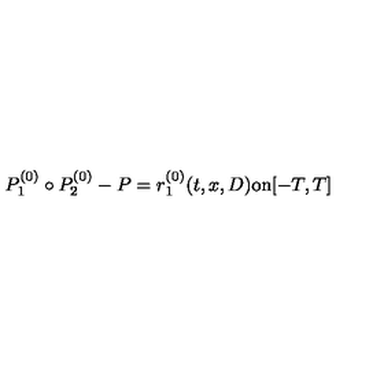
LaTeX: P _ { 1 } ^ { ( 0 ) } \circ P _ { 2 } ^ { ( 0 ) } - P = r _ { 1 } ^ { ( 0 ) } ( t , x , D ) \mathrm { o n } [ - T , T ]